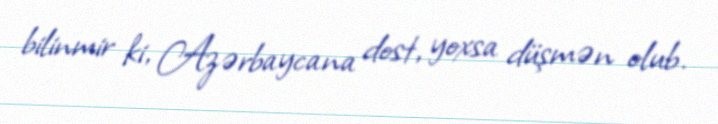
bilinmir ki, Azərbaycana dost, yoxsa düşmən olub.